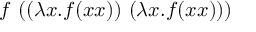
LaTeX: f \ ( ( \lambda x . f ( x x ) ) \ ( \lambda x . f ( x x ) ) )